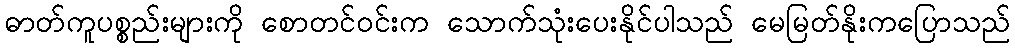
ဓာတ်ကူပစ္စည်းများကို စောတင်ဝင်းက သောက်သုံးပေးနိုင်ပါသည် မေမြတ်နိုးကပြောသည်